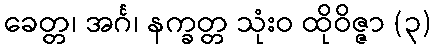
ခေတ္တ၊ အင်္ဂ၊ နက္ခတ္တ သုံးဝ ထိုဝိဇ္ဇာ (၃)